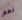
نعم